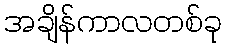
အချိန်ကာလတစ်ခု